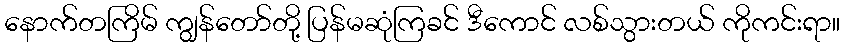
နောက်တကြိမ် ကျွန်တော်တို့ ပြန်မဆုံကြခင် ဒီကောင် လစ်သွားတယ် ကိုကင်းရာ။